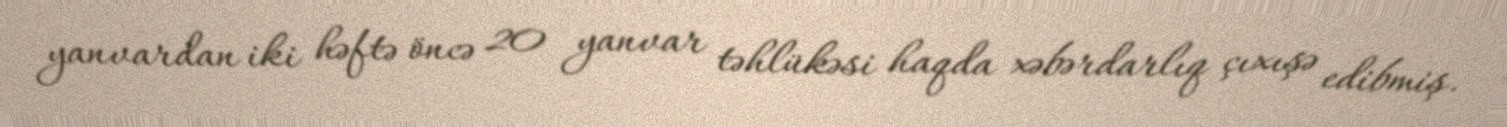
yanvardan iki həftə öncə 20 yanvar təhlükəsi haqda xəbərdarlıq çıxışə edibmiş.